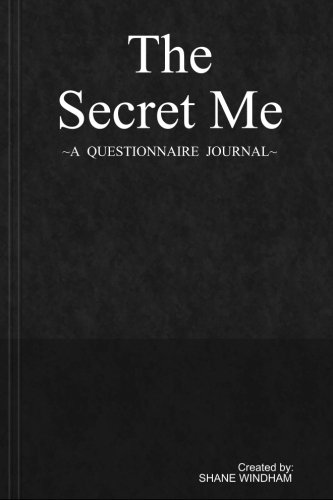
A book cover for The Secret Me: A Questionnaire Journal; Shane Windham; Self-Help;